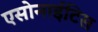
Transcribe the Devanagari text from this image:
एसोनाईटिस